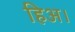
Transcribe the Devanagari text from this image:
हिअ।